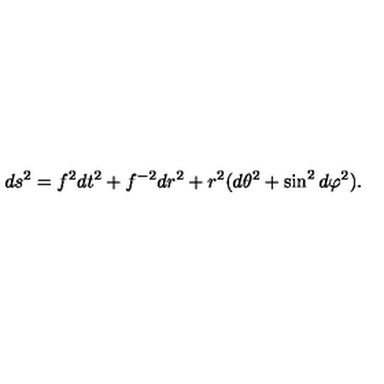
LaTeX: d s ^ { 2 } = f ^ { 2 } d t ^ { 2 } + f ^ { - 2 } d r ^ { 2 } + r ^ { 2 } ( d \theta ^ { 2 } + \sin ^ { 2 } d \varphi ^ { 2 } ) .